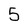
Character: 5